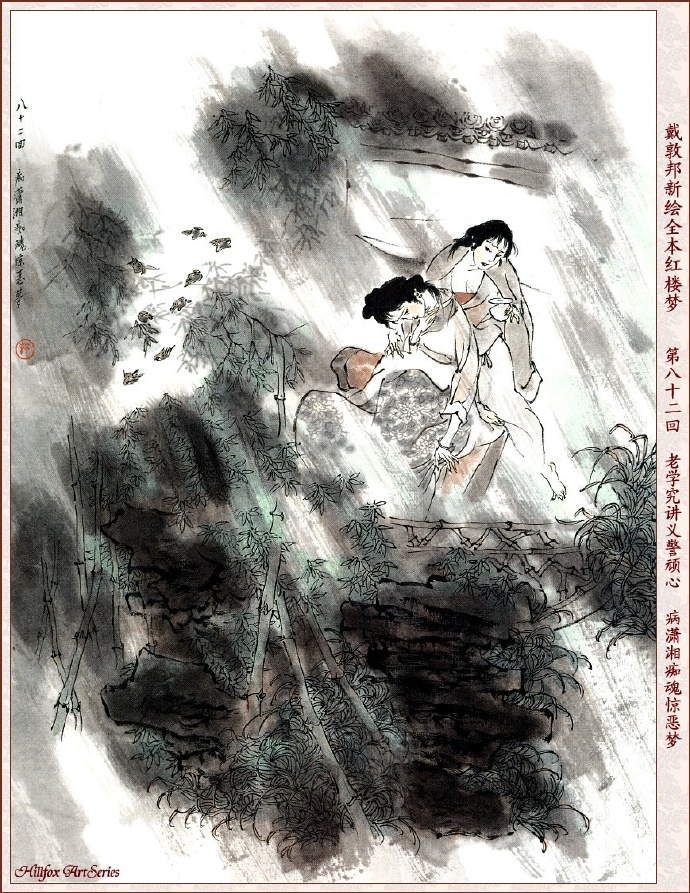
箭径酸风射眼，腻水染花腥。